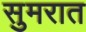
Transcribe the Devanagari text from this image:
सुमरात